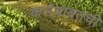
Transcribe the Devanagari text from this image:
कलेबाबतची